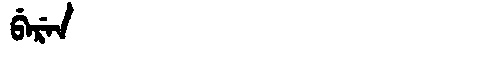
Manchu: ᠪᡝᡵᡝᠨ
Romanization: BEREN